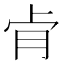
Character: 肻